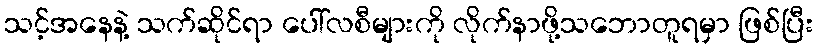
သင့်အနေနဲ့ သက်ဆိုင်ရာ ပေါ်လစီများကို လိုက်နာဖို့သဘောတူရမှာ ဖြစ်ပြီး